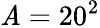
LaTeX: \mathit{A}=20^{2}